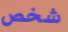
شخص